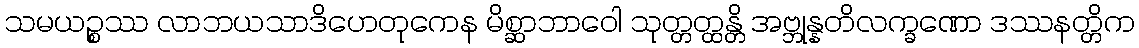
သမယဉ္စဿ လာဘယသာဒိဟေတုကေန မိစ္ဆာဘာဝေါ သုတ္တတ္ထန္တိ အဗ္ဘုန္နတိလက္ခဏော ဒဿနတ္တိက